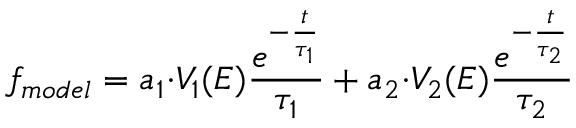
f _ { m o d e l } = a _ { 1 } { \cdot } V _ { 1 } ( E ) \frac { e ^ { - \frac { t } { \tau _ { 1 } } } } { \tau _ { 1 } } + a _ { 2 } { \cdot } V _ { 2 } ( E ) \frac { e ^ { - \frac { t } { \tau _ { 2 } } } } { \tau _ { 2 } }